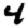
Digit: 4